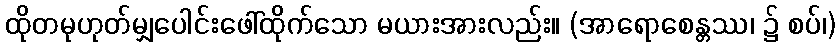
ထိုတမုဟုတ်မျှပေါင်းဖေါ်ထိုက်သော မယားအားလည်း။ (အာရောစေန္တဿ၊ ၌ စပ်၊)